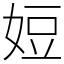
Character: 㛒